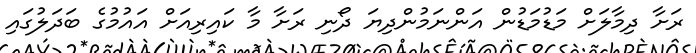
ރަށާ ދިމާލަށް މަޑުމަޑުން އަންނަމުންދިޔަ ދޯނި ރަށާ މާ ކައިރިއަށް އައުމުގެ ބަދަލުގައި